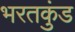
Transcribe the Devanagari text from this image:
भरतकुंड